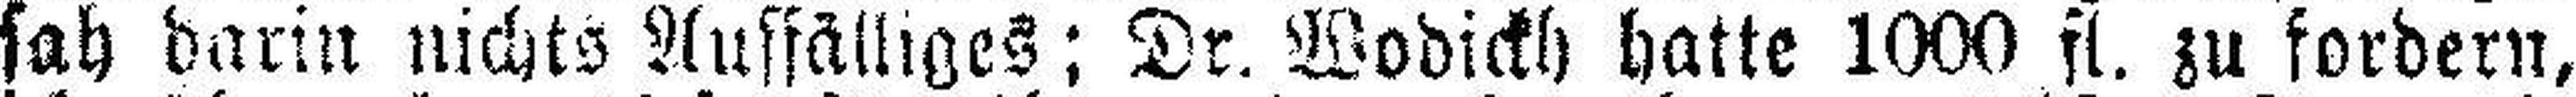
sah darin nichts Auffälliges; Dr. Wodickh hatte 1000 fl. zu fordern,